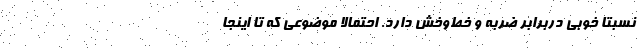
نسبتا خوبی دربرابر ضربه و خط‌و‌خش دارد. احتمالا موضوعی که تا ‌اینجا